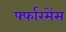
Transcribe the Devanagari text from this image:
र्फ्फारमेंस